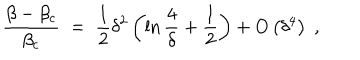
{ \frac { \beta - \beta _ { c } } { \beta _ { c } } } \; = \; { \frac { 1 } { 2 } } \delta ^ { 2 } \left( \ln { \frac { 4 } { \delta } } + { \frac { 1 } { 2 } } \right) + O \left( \delta ^ { 4 } \right) \; ,